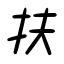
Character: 扶